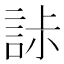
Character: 𧧌